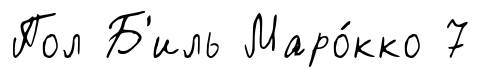
Пол Б'иль Маро́кко 7